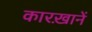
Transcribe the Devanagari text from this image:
कारख़ानें